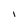
Character: 1